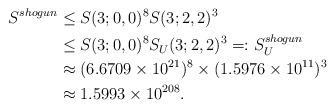
LaTeX: \begin{align*} S^{shogun} &\le S(3;0,0)^8 S(3;2,2)^3 \\ &\le S(3;0,0)^8 S_U(3;2,2)^3 =: S_U^{shogun} \\ &\approx (6.6709 \times 10^{21})^8 \times (1.5976 \times 10^{11})^3 \\ &\approx 1.5993 \times 10^{208}. \end{align*}